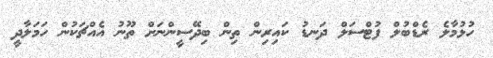
ހުޅުމާލެ ރެޑްބުލް ފުޓްސަލް ދަނޑު ކައިރިން ތިން ބިދޭސީންނަށް ތޫނު އެއްޗަކުން ހަމަލާދީ